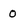
Character: 0